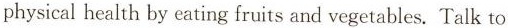
physical health by eating fruits and vegetables. Talk to